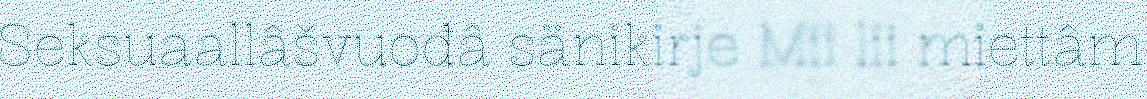
Seksuaallâšvuođâ sänikirje Mii lii miettâm